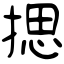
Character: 揌